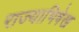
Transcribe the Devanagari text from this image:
राज्याभिषेख